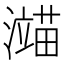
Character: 𬉙